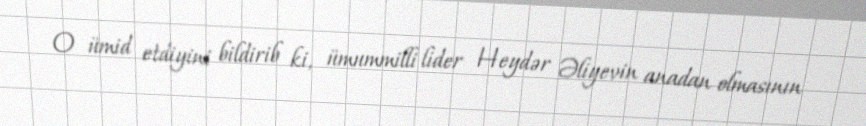
O ümid etdiyini bildirib ki, ümummilli lider Heydər Əliyevin anadan olmasının